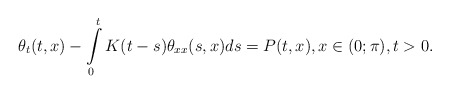
\begin{align*}\theta_{t}(t,x)-\int\limits^t_0K(t-s)\theta_{xx}(s,x)ds=P(t,x),x\in(0;\pi),t>0.\end{align*}